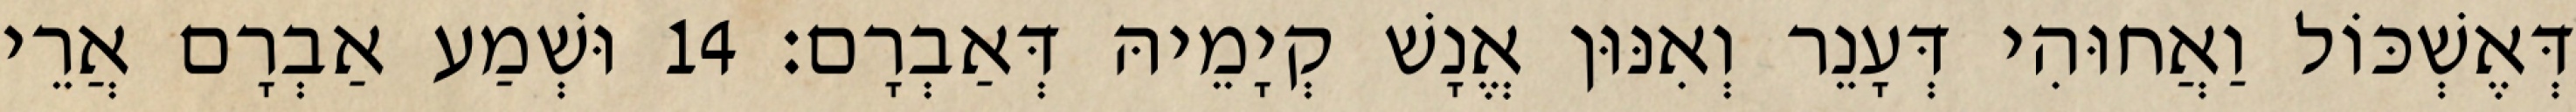
דְּאֶשְׁכּוֹל וַאֲחוּהִי דְּעָנֵר וְאִנּוּן אֱנָשׁ קְיָמֵיהּ דְּאַבְרָם׃ 14 וּשְׁמַע אַבְרָם אֲרֵי